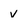
Character: v